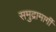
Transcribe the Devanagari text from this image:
समुद्रामार्गी